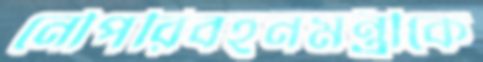
নৌপরিবহনমন্ত্রীকে